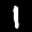
Label: 1